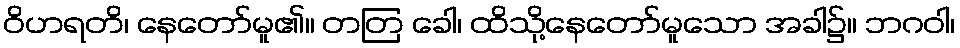
ဝိဟရတိ၊ နေတော်မူ၏။ တတြ ခေါ၊ ထိသို့နေတော်မူသော အခါ၌။ ဘဂဝါ၊